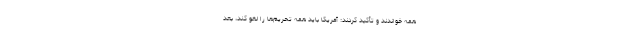
همه خواندند و تأکید کردند: آمریکا باید همه تحریم‌ها را لغو کند، بعد